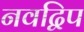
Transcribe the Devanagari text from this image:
नवद्विप